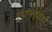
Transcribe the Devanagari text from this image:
रोजवह्या